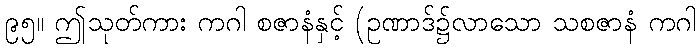
၉၅။ ဤသုတ်ကား ကဂါ စဇာနံနှင့် (ဥဏာဒ်၌လာသော သစဇာနံ ကဂါ